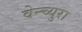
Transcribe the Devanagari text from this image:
वेन्च्युरा